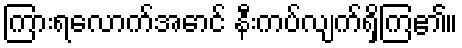
ကြားရလောက်အောင် နီးကပ်လျက်ရှိကြ၏။